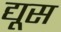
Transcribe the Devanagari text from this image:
द्यूस